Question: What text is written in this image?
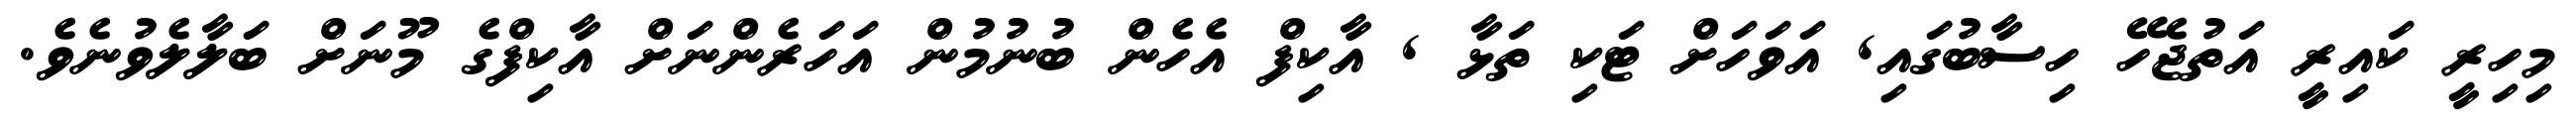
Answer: މިހިރީ ކައިރީ އަތުޖެހޭ ހިސާބުގައި, އަވަހަށް ޓަކި ތަޅާ , އާކިފް އެހެން ބުނުމުން އަހަރެންނަށް އާކިފްގެ މޫނަށް ބަލާލެވުނެވެ.